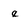
Character: e